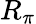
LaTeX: R_{\pi}